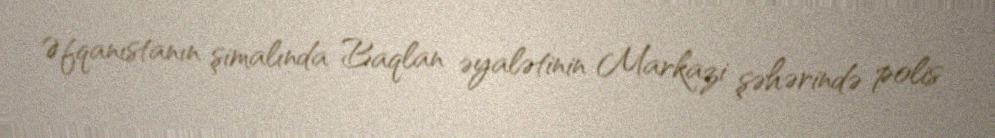
Əfqanıstanın şimalında Baqlan əyalətinin Markazi şəhərində polis